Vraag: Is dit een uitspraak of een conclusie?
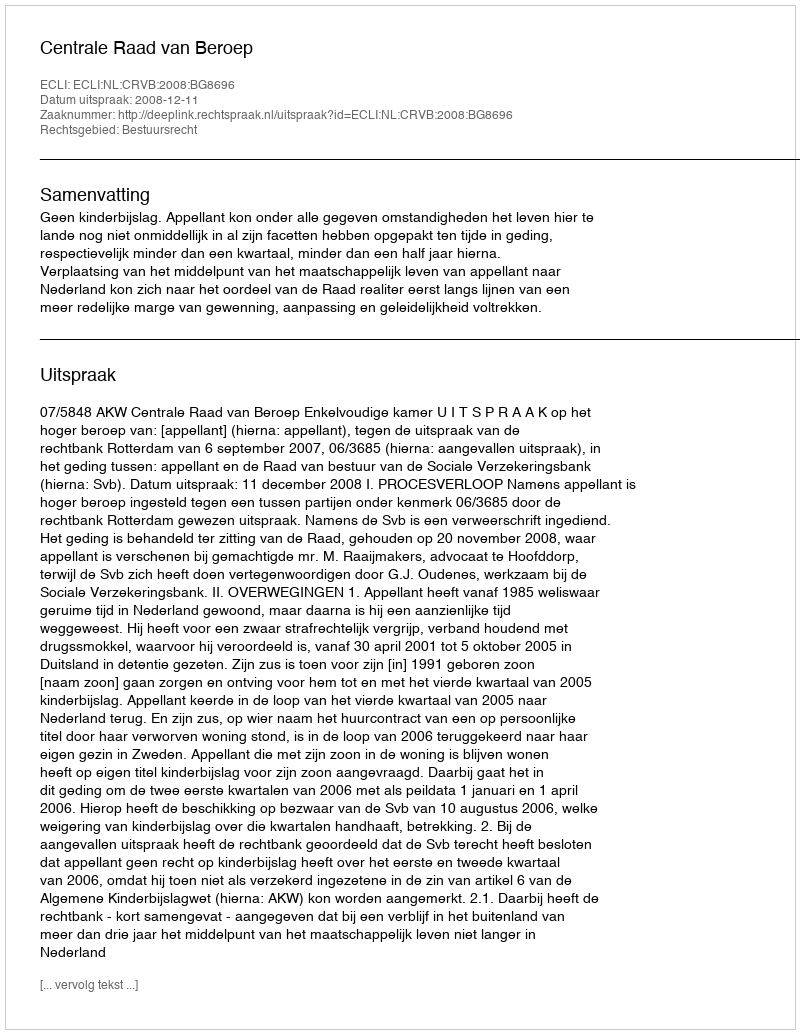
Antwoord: Uitspraak